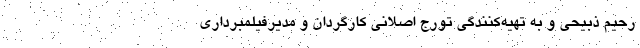
رحیم ذبیحی و به تهیه‌کنندگی تورج اصلانی کارگردان و مدیرفیلمبرداری